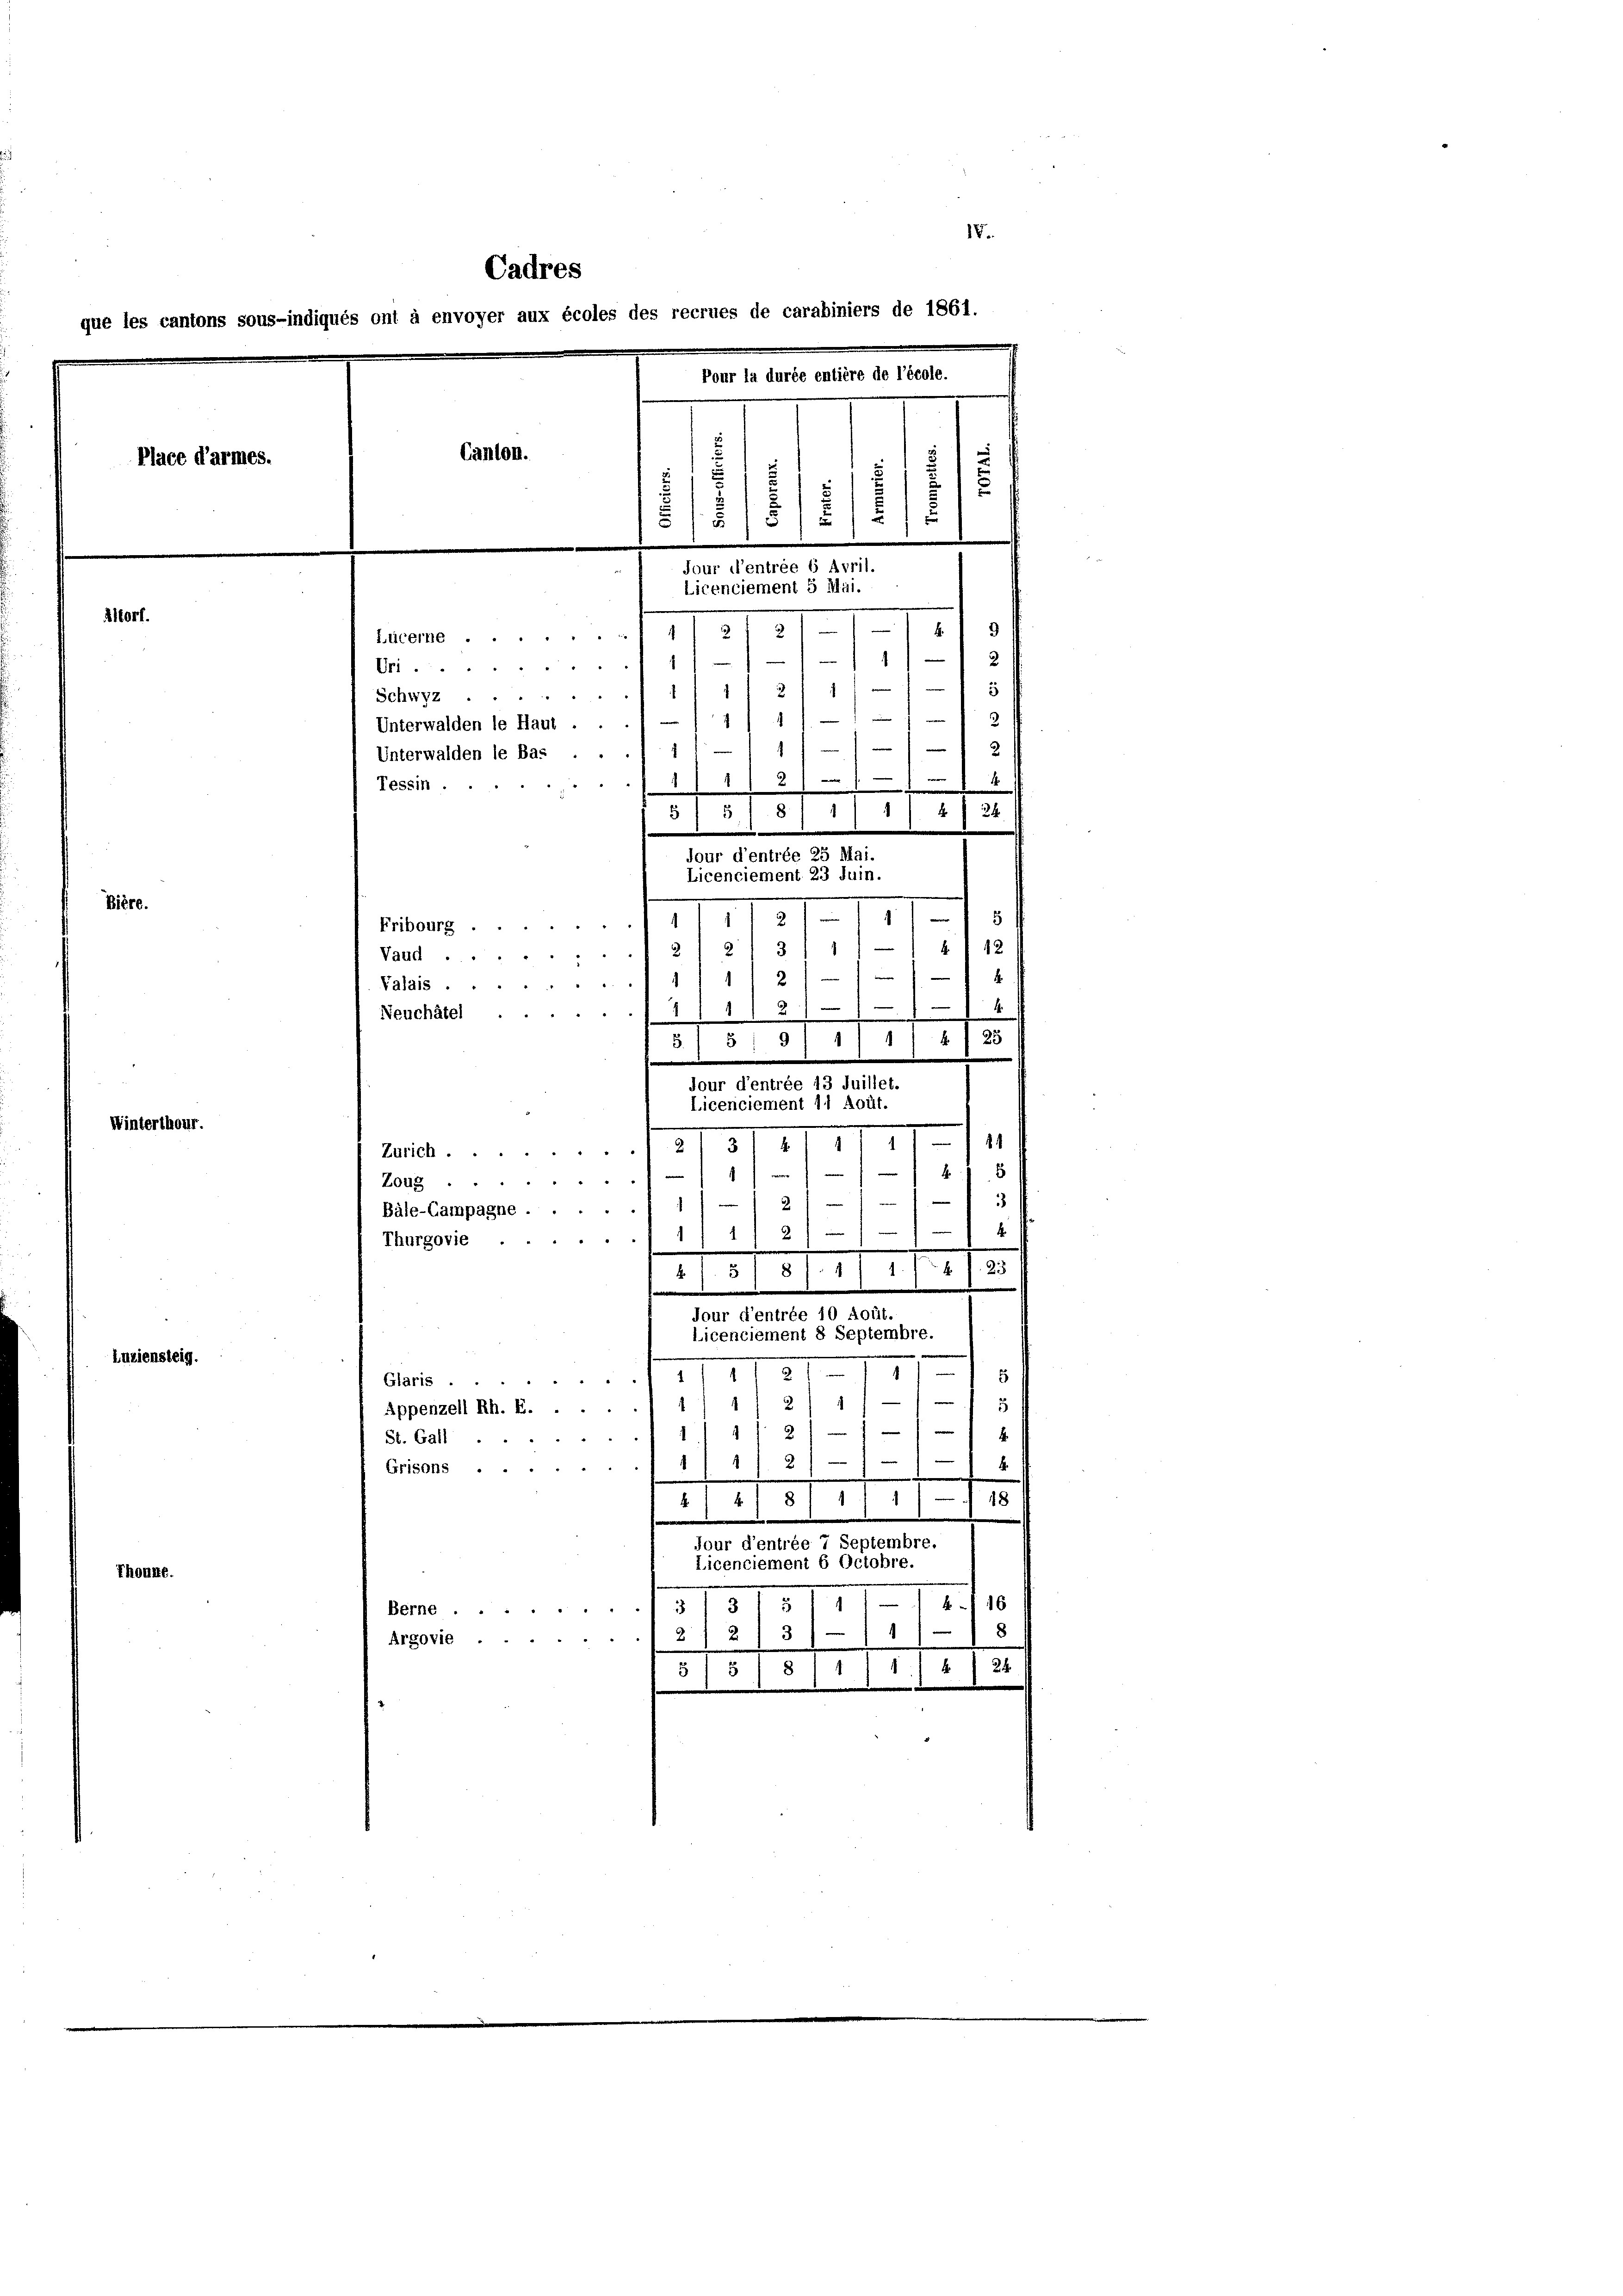
IV.
Cadres
que les cantons sous-indiqués ont à envoyer aux écoles des recrues de carabiniers de 1861.
Pour la durée entière de l’école.
Canton.
Place d’armes.
5
s
1
.
i
5
Jour d’entrée 6 Avril.
Licenciement 5 Mai.
Altorf.
I
2
.
173
Lucerne
O11//// 1,
4111 2 1/
Schwyz
f. 111
Unterwalden le Haut .
nn einer
3
Unterwalden le Bas ..
2
2
Tessin.
m 1
1/ 1

5/8/1/ 1/4 f 24
5

jour d’entrée 25 Mai.
Licenciement 23 Juin.
Bière.
1181. 111 18

Fribourg . .
12
12/213, 111 4
Vaud ...

2
Falais.
.
11 214
Neuchâtel
 25
177
5
5.
dour d’entrée 13 Juillet.

Winterthour.

Licenciement 11 Aoür.
114
4
31
5
Zürich ...
8
e
 x
.
Zoug ..
1
3
2
Bäle-Campagne .
x
2
1
.
Thurgovie .
.
d
113
1.
11015
.
Jour d’entrée 10 Aoüt.
Licenciement 8 Septembre.
ensteig.
17
115
5
Glaris . .
—
—
2
5
Appenzell Rh. E.
i
81—18
1

St. Gall.
e
e
2
Grisans .....
.
d
4/8/11/ 18
Jour d’entrée 7 Septembre.
Licenciement 6 Octobre.
Alte.
111 S. 110
u
Bem375
8
3
1
Argoviel 2 f
24.
.
515
511
.
.